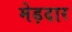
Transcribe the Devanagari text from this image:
मेड़दार